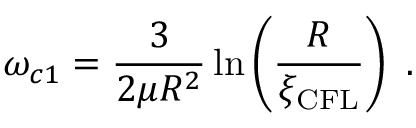
\omega _ { c 1 } = \frac { 3 } { 2 \mu R ^ { 2 } } \ln \left( \frac { R } { \xi _ { \mathrm { C F L } } } \right) \ .